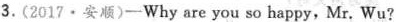
3. (2017·安顺)-Why are you so happy,Mr. Wu?